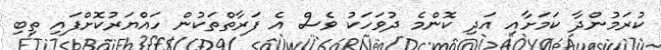
ކުރަމުންދާ ކަމަށާއި އަދި ކޮންމެ ދުވަހަކު ވެސް އެ ފަރާތްތަކުން ހައްޔަރުކޮށްފައި ތިބި